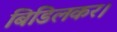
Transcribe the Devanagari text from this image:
बिडिलकर।